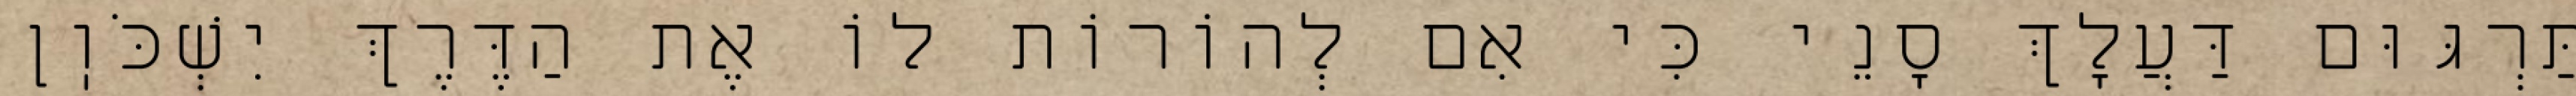
תַּרְגּוּם דַּעֲלָךְ סָנֵי כִּי אִם לְהוֹרוֹת לוֹ אֶת הַדֶּרֶךְ יִשְׁכֹּוֽן